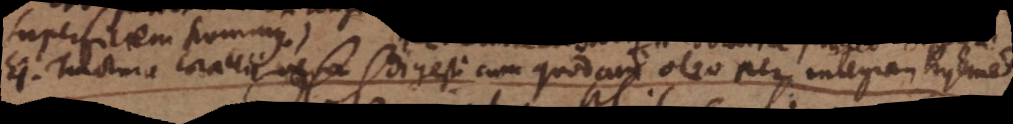
Ejus Tinctura corallii vera digesti cum quodam oleo per integram hyemem